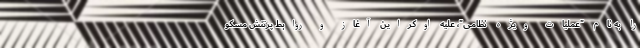
را به نام "عملیات ویژه نظامی"، علیه اوکراین آغاز و روابط پرتنش مسکو